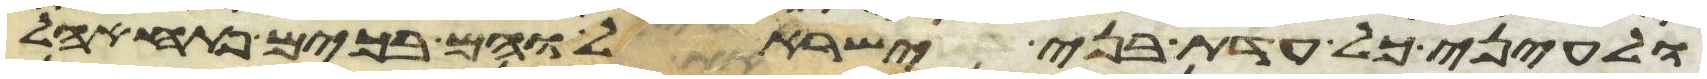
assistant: ולעיני כל עדת בני ישראל והם בכים פתח אהל